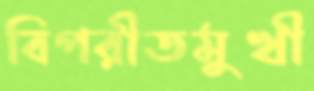
বিপরীতমুখী